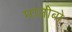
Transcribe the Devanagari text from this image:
मातोबो